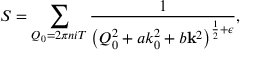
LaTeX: S = \sum _ { Q _ { 0 } = 2 \pi n i T } \frac { 1 } { \left( Q _ { 0 } ^ { 2 } + a k _ { 0 } ^ { 2 } + b { \bf k } ^ { 2 } \right) ^ { \frac 1 2 + \epsilon } } ,